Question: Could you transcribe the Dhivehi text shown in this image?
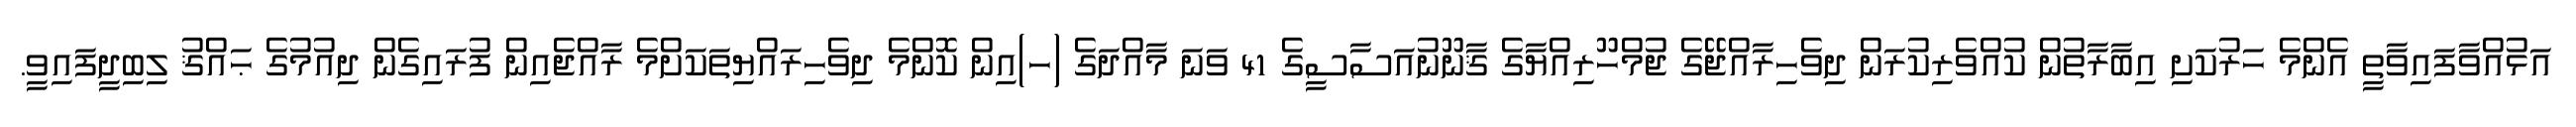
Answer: އަޅުއްވާފައިވާތީ އެންމެ ހަރުކަށި އިބާރާތުން ކުއްވެރިކުރަން ދިވެހިރާއްޖޭގެ ޖުމްހޫރިއްޔާގެ ޤާނޫނުއަސާސީގެ 41 ވަނަ މާއްދަގެ (ހ)އިން ކޮންމެ ދިވެހިރައްޔިތަކަށްމެ ރާއްޖެއިން ފުރައިގެން ދިއުމުގެ ޙައްޤު ލިބިދީފައިވީ.